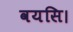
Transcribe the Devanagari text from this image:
वयसि।